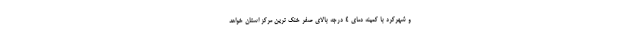
و شهرکرد با کمینه دمای ۴ درجه بالای صفر خنک ترین مرکز استان خواهد